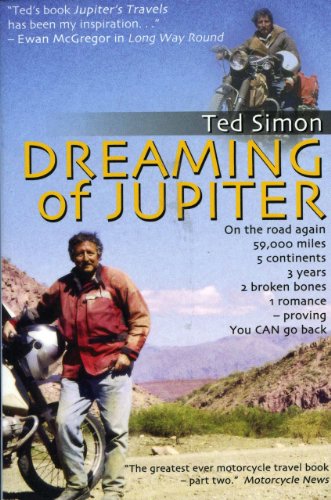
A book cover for Dreaming of Jupiter: In Search of the World--Thirty Years On; Ted Simon; Engineering & Transportation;